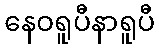
နေဝရူပီနာရူပီ